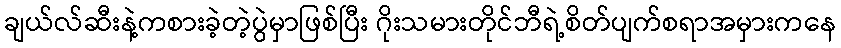
ချယ်လ်ဆီးနဲ့ကစားခဲ့တဲ့ပွဲမှာဖြစ်ပြီး ဂိုးသမားတိုင်ဘီရဲ့စိတ်ပျက်စရာအမှားကနေ